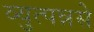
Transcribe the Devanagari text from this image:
व्युत्पन्नसे